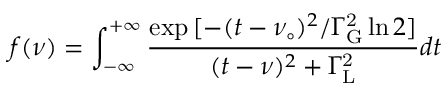
f ( \nu ) = \int _ { - \infty } ^ { + \infty } { { \frac { \exp { [ - ( t - \nu _ { \circ } ) ^ { 2 } / { \Gamma _ { \mathrm { G } } ^ { \mathrm { 2 } } } \ln 2 ] } } { ( t - \nu ) ^ { 2 } + { \Gamma _ { \mathrm { L } } ^ { \mathrm { 2 } } } } } } d t